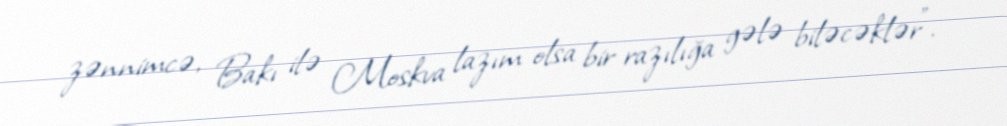
zənnimcə, Bakı ilə Moskva lazım olsa bir razılığa gələ biləcəklər".